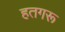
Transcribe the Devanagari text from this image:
हतगरू